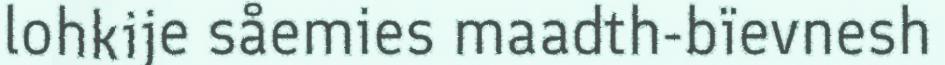
lohkije såemies maadth-bïevnesh